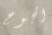
الجوع